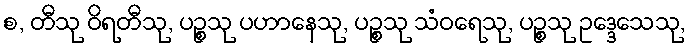
စ, တီသု ဝိရတီသု, ပဉ္စသု ပဟာနေသု, ပဉ္စသု သံဝရေသု, ပဉ္စသု ဥဒ္ဒေသေသု,